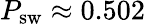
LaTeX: P_{\mathrm{sw}}\approx 0.502